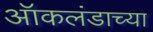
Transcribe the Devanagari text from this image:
ऑकलंडाच्या